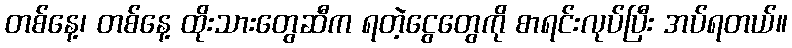
တစ်နေ့၊ တစ်နေ့ ထိုးသားတွေဆီက ရတဲ့ငွေတွေကို စာရင်းလုပ်ပြီး အပ်ရတယ်။